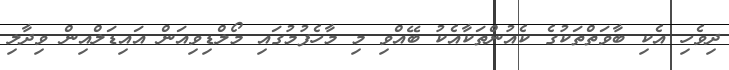
ދިވެހި އެކި ބާވަތްތަކުގެ ކެއުންތަކާއެކު ބޭއްވި މި މާހެފުމުގައި މޯލްޑިވިއަން އައިޑަލްއިން ވިދާލި